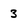
Character: 3